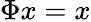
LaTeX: \Phi x=x